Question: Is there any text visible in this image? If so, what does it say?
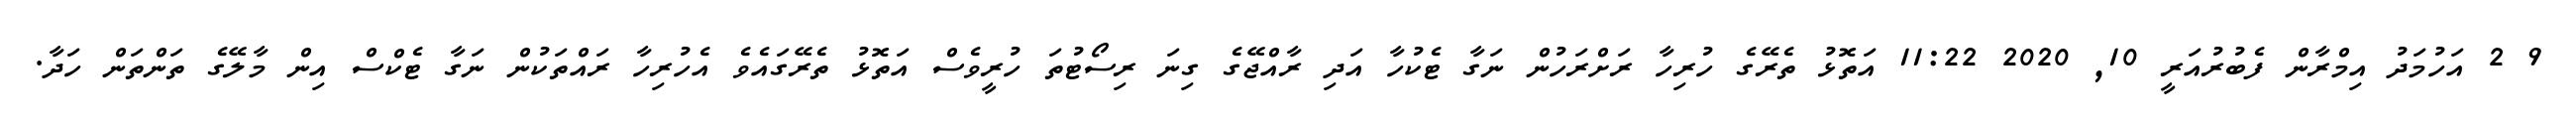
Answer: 9 2 އަހުމަދު އިމްރާން ފެބުރުއަރީ 10, 2020 11:22 އަތޮޅު ތެރޭގެ ހުރިހާ ރަށްރަހުން ނަގާ ޓެކުހާ އަދި ރާއްޖޭގެ ގިނަ ރިސޯޓުތަ ހުރީވެސް އަތޮޅު ތެރޭގައެވެ އެހުރިހާ ރައްތަކުން ނަގާ ޓެކްސް އިން މާލޭގެ ތަންތަން ހަދާ.